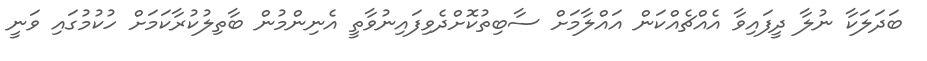
ބަދަލަކާ ނުލާ ދީފައިވާ އެއްޗެއްކަން އައްލާމަށް ސާބިތުކޮށްދެވިފައިނުވާތީ އެނިންމުން ބާތިލުކުރާކަމަށް ހުކުމުގައި ވަނީ